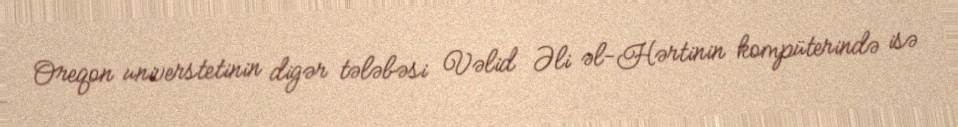
Oreqon universtetinin digər tələbəsi Vəlid Əli əl-Hərtinin kompüterində isə